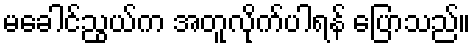
မခေါင်ညွယ်က အတူလိုက်ပါရန် ပြောသည်။